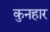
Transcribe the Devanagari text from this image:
कुनहार